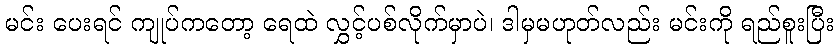
မင်း ပေးရင် ကျုပ်ကတော့ ရေထဲ လွှင့်ပစ်လိုက်မှာပဲ၊ ဒါမှမဟုတ်လည်း မင်းကို ရည်စူးပြီး